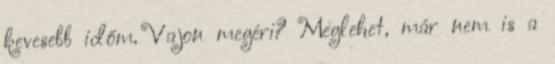
kevesebb időm. Vajon megéri? Meglehet, már nem is a